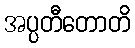
အပ္ပတီတောတိ